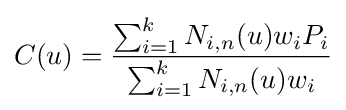
C(u)={\frac {\sum _{i=1}^{k}N_{i,n}(u)w_{i}P_{i}}{\sum _{i=1}^{k}N_{i,n}(u)w_{i}}}